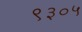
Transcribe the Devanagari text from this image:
९३०५